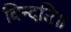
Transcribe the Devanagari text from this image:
विन्दति॥